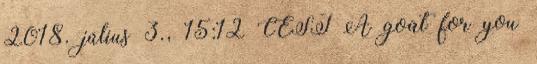
2018. július 3., 15:12 CEST A goat for you